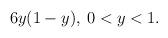
LaTeX: \begin{align*} 6y(1-y),\>0 < y < 1.\end{align*}